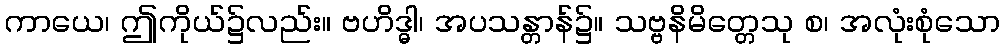
ကာယေ၊ ဤကိုယ်၌လည်း။ ဗဟိဒ္ဓါ၊ အပသန္တာန်၌။ သဗ္ဗနိမိတ္တေသု စ၊ အလုံးစုံသော